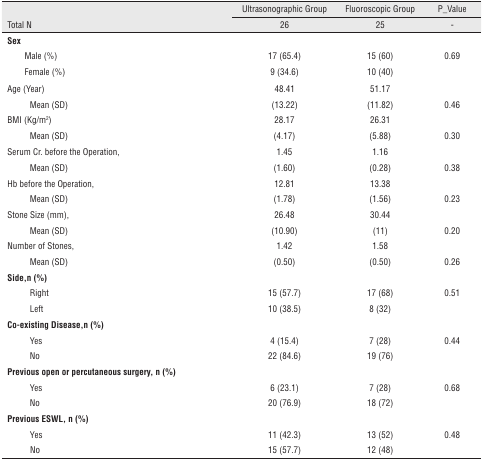
<table><thead><tr><td rowspan="2" colspan="2"><b>Total N</b></td><td><b>Ultrasonographic Group</b></td><td><b>Fluoroscopic Group</b></td><td><b>P_Value</b></td></tr><tr><td><b>26</b></td><td><b>25</b></td><td><b>-</b></td></tr></thead><tbody><tr><td colspan="5"><b>Sex</b></td></tr><tr><td></td><td>Male (%)</td><td>17(65.4)</td><td>15(60)</td><td>0.69</td></tr><tr><td></td><td>Female (%)</td><td>9 (34.6)</td><td>10(40)</td><td></td></tr><tr><td colspan="2">Age (Year)</td><td>48.41</td><td>51.17</td><td></td></tr><tr><td></td><td>Mean (SD)</td><td>(13.22)</td><td>(11.82)</td><td>0.46</td></tr><tr><td colspan="2">BMI (Kg/m<sup>2</sup>)</td><td>28.17</td><td>26.31</td><td></td></tr><tr><td></td><td>Mean (SD)</td><td>(4.17)</td><td>(5.88)</td><td>0.30</td></tr><tr><td colspan="2">Serum Cr. before the Operation,</td><td>1.45</td><td>1.16</td><td></td></tr><tr><td></td><td>Mean (SD)</td><td>(1.60)</td><td>(0.28)</td><td>0.38</td></tr><tr><td colspan="2">Hb before the Operation,</td><td>12.81</td><td>13.38</td><td></td></tr><tr><td></td><td>Mean (SD)</td><td>(1.78)</td><td>(1.56)</td><td>0.23</td></tr><tr><td colspan="2">Stone Size (mm),</td><td>26.48</td><td>30.44</td><td></td></tr><tr><td></td><td>Mean (SD)</td><td>(10.90)</td><td>(11)</td><td>0.20</td></tr><tr><td colspan="2">Number of Stones,</td><td>1.42</td><td>1.58</td><td></td></tr><tr><td></td><td>Mean (SD)</td><td>(0.50)</td><td>(0.50)</td><td>0.26</td></tr><tr><td colspan="5"><b>Side,n(%)</b></td></tr><tr><td></td><td>Right</td><td>15(57.7)</td><td>17(68)</td><td>0.51</td></tr><tr><td></td><td>Left</td><td>10(38.5)</td><td>8(32)</td><td></td></tr><tr><td colspan="5"><b>Co-existing Disease, n (%)</b></td></tr><tr><td></td><td>Yes</td><td>4(15.4)</td><td>7(28)</td><td>0.44</td></tr><tr><td></td><td>No</td><td>22 (84.6)</td><td>19(76)</td><td></td></tr><tr><td colspan="5"><b>Previous open or percutaneous surgery, n (%)</b></td></tr><tr><td></td><td>Yes</td><td>6 (23.1)</td><td>7(28)</td><td>0.68</td></tr><tr><td></td><td>No</td><td>20 (76.9)</td><td>18(72)</td><td></td></tr><tr><td colspan="5"><b>Previous ESWL, n (%)</b></td></tr><tr><td></td><td>Yes</td><td>11 (42.3)</td><td>13(52)</td><td>0.48</td></tr><tr><td></td><td>No</td><td>15(57.7)</td><td>12(48)</td><td></td></tr></tbody></table>